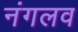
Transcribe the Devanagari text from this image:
नंगलव